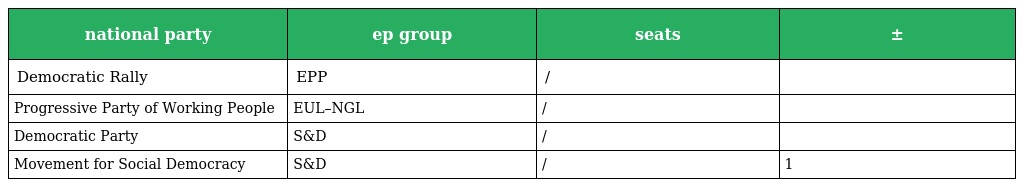
| national party | ep group | seats | ± |
 | --- | --- | --- | --- |
 | Democratic Rally | EPP | / |  |
 | Progressive Party of Working People | EUL–NGL | / |  |
 | Democratic Party | S&D | / |  |
 | Movement for Social Democracy | S&D | / | 1 |